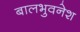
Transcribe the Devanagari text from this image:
बालभुवनेश